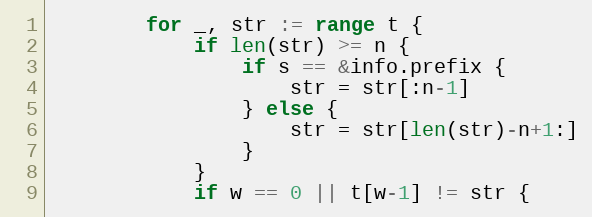
Language: Go
		for _, str := range t {
			if len(str) >= n {
				if s == &info.prefix {
					str = str[:n-1]
				} else {
					str = str[len(str)-n+1:]
				}
			}
			if w == 0 || t[w-1] != str {